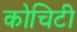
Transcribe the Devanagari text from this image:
कोचिटी